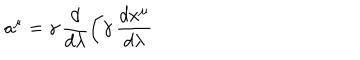
a ^ { \mu } = \gamma \, \frac { d } { d \lambda } \biggl ( \gamma \, \frac { d x ^ { \mu } } { d \lambda }